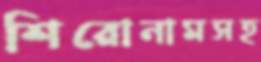
শিরোনামসহ